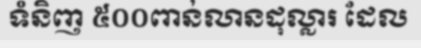
ទំនិញ ៥០០ពាន់លានដុល្លារ ដែល